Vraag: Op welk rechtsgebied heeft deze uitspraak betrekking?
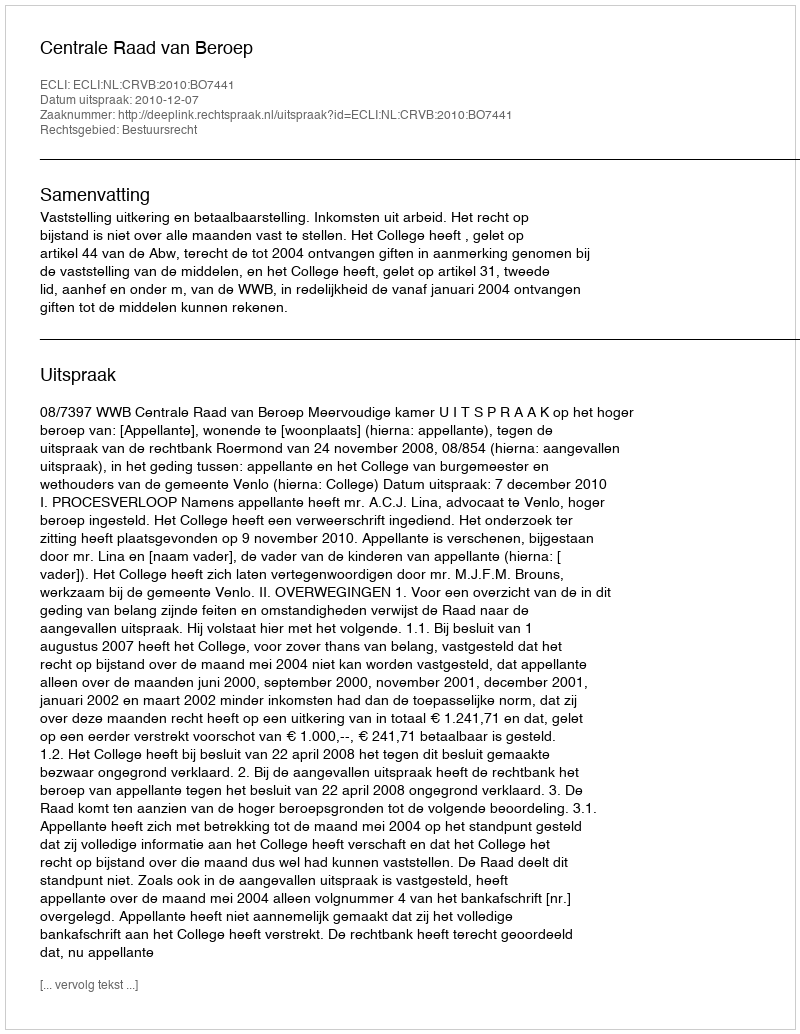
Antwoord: Bestuursrecht